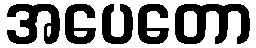
အပေတော